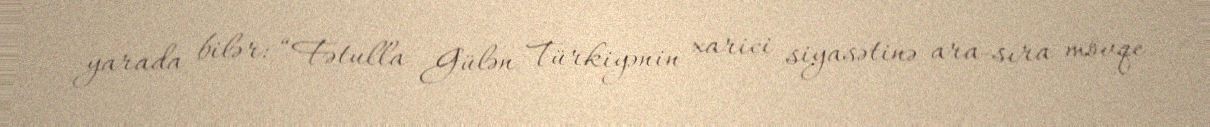
yarada bilər: “Fətulla Gülən Türkiyənin xarici siyasətinə ara-sıra mövqe